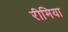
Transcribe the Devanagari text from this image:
रीमिया